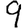
Digit: 9